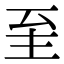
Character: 𦤳